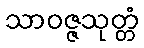
သာဝဇ္ဇသုတ္တံ